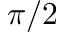
\pi / 2